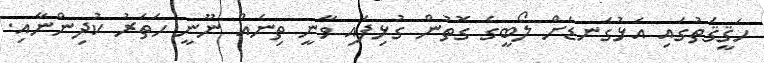
ހަޤީޤަތުގައި އަޅުގަނޑަށް ލޯބީގެ ގޮތުން ގުޅިފައި ވާނީ ތިނެއް ނޫނީ ހަތަރު ކުދިންނާއި.